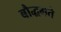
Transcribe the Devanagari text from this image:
बौद्धमते